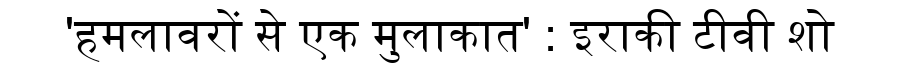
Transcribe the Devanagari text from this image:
'हमलावरों से एक मुलाकात' : इराकी टीवी शो